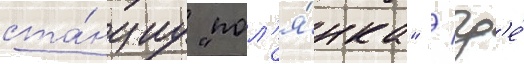
ста́нциу "пол'я́нка" / гд'е́